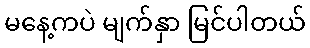
မနေ့ကပဲ မျက်နှာ မြင်ပါတယ်